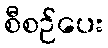
စီစဉ်ပေး